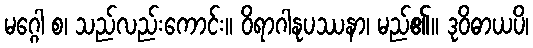
မဂ္ဂေါ စ၊ သည်လည်းကောင်း။ ဝိရာဂါနုပဿနာ၊ မည်၏။ ဒုဝိဓာယပိ၊